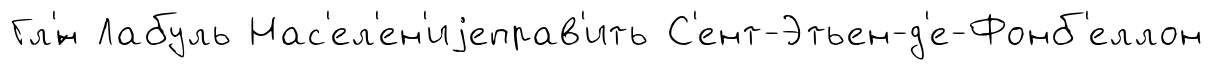
Гл'́н Лабуль Нас'ел'ен'иjеправ'ить С'ент-Этьен-д'е-Фонб'еллон